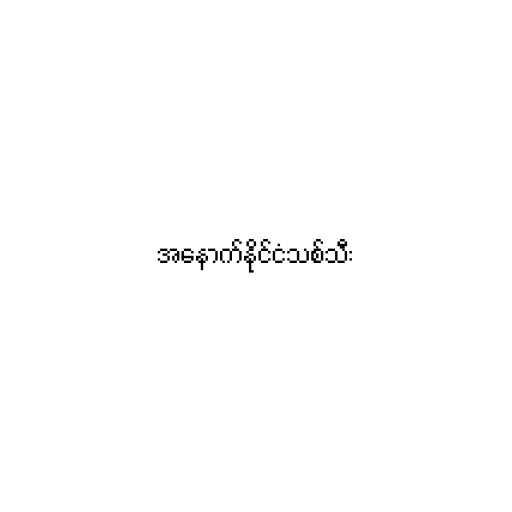
အနောက်နိုင်ငံသစ်သီး